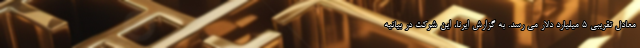
معادل تقریبی ۵ میلیارد دلار می رسد. به گزارش ایرنا، این شرکت در بیانیه